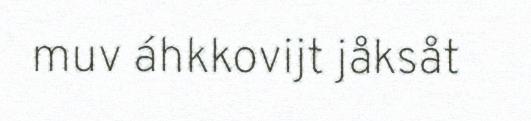
muv áhkkovijt jåksåt